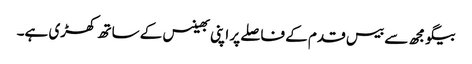
بیگو مجھ سے بیس قدم کے فاصلے پر اپنی بھینس کے ساتھ کھڑی ہے۔